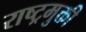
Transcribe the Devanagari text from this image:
राष्ट्रमुक्ती